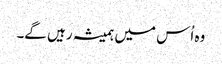
وہ اُس میں ہمیشہ رہیں گے۔